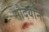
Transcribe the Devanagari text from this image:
सौदर्यांने